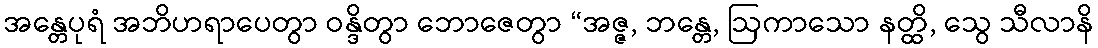
အန္တေပုရံ အဘိဟရာပေတွာ ဝန္ဒိတွာ ဘောဇေတွာ “အဇ္ဇ, ဘန္တေ, ဩကာသော နတ္ထိ, သွေ သီလာနိ